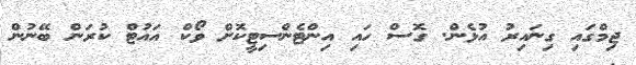
ޖިމްގައި ގިނައިރު އުޅެން. ގޮސް ހައި އިންޓެންސިޓީކޮށް ވޯކް އައުޓް ކުރަން ބޭނުން